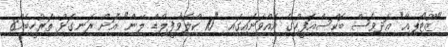
"ޒޫޓޯޕިއާ" އަދިވެސް ބޮކްސްއޮފީހުގެ އެއްވަނައިގައި "10 ކްލޮވާފީލްޑް ލޭން" އަށް ރަނގަޅު ތަރުހީބެއް8